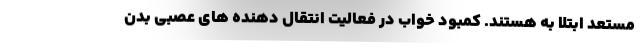
مستعد ابتلا به هستند. کمبود خواب در فعالیت انتقال دهنده های عصبی بدن